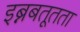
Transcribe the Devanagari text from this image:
इब्नबतूतता